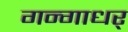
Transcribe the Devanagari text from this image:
गन्गाधर्